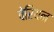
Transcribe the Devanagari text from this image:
वेरियन